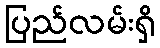
ပြည်လမ်းရှိ